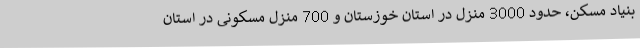
بنیاد مسکن، حدود 3000 منزل در استان خوزستان و 700 منزل مسکونی در استان